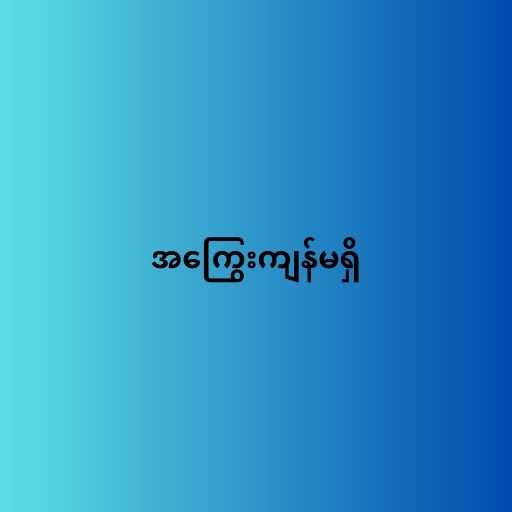
အကြွေးကျန်မရှိ